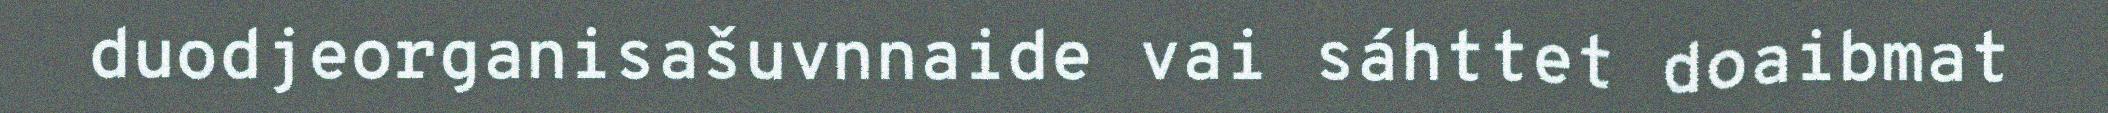
duodjeorganisašuvnnaide vai sáhttet doaibmat